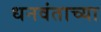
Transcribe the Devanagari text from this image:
धनवंताच्या